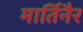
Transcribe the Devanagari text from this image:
मार्तिनैर